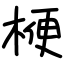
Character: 楩